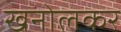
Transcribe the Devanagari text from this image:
खनोलकर